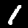
Digit: 1